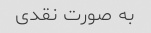
به صورت نقدی